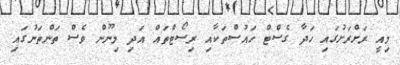
މިއީ ރަށްރަށުގައި ހަދާ ގެސްޓް ހައުސްތަކާއި ރިސޯޓްތައް އަދި މިނޫން ވެސް ތަންތަނުގައި